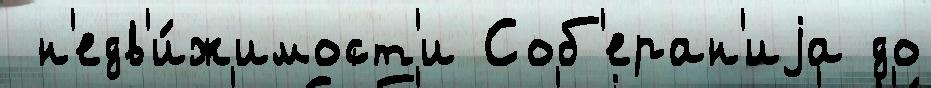
 н'едв'и́жимост'и Соб'еран'иjа до